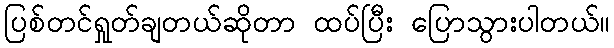
ပြစ်တင်ရှုတ်ချတယ်ဆိုတာ ထပ်ပြီး ပြောသွားပါတယ်။